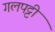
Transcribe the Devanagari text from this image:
गलपट्टी